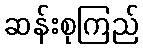
ဆန်းစုကြည်